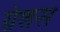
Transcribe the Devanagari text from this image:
ग्रेशस